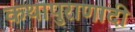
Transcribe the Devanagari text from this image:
कथापुराणादी